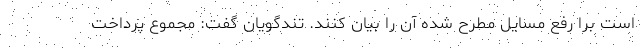
است برا رفع مسایل مطرح شده آن را بیان کنند. تندگویان گفت: مجموع پرداخت